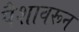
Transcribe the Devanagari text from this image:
पैशावरून